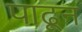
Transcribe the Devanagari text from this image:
पाढून